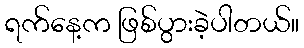
ရက်နေ့က ဖြစ်ပွားခဲ့ပါတယ်။